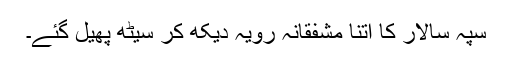
سپہ سالار کا اتنا مشفقانہ رویہ دیکھ کر سیٹھ پھیل گئے۔